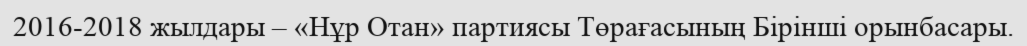
2016-2018 жылдары – «Нұр Отан» партиясы Төрағасының Бірінші орынбасары.